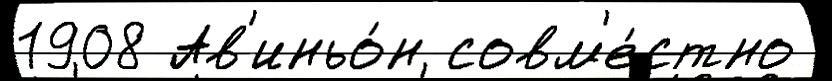
1908 Ав'иньо́н совм'е́стно